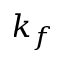
k _ { f }